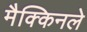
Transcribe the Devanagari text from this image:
मैक्किनले